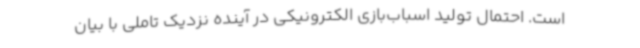
است. احتمال تولید اسباب‌بازی‌ الکترونیکی در آینده نزدیک تاملی با بیان